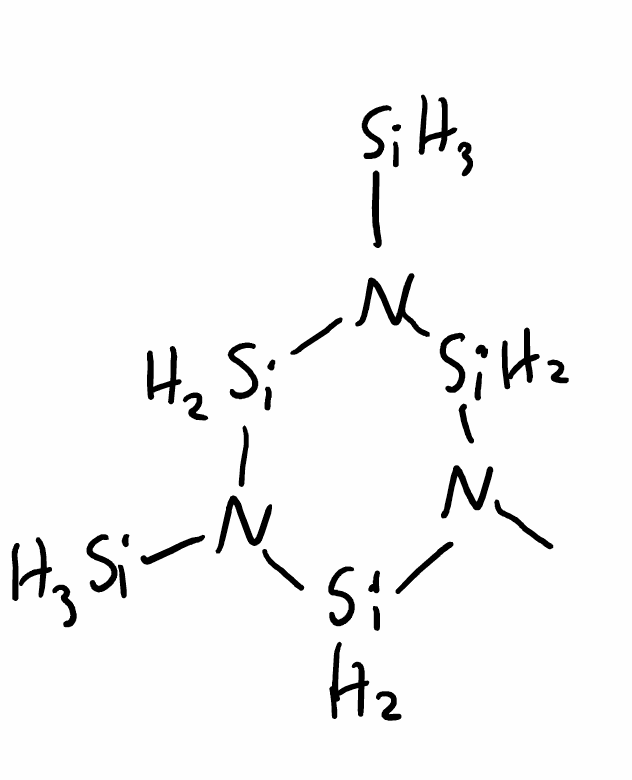
Simplified molecular-input line-entry system (SMILES) notation of the given molecule:
CN1[SiH2]N([SiH2]N([SiH2]1)[SiH3])[SiH3]